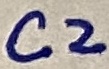
Text: C2